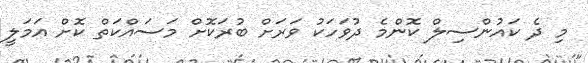
މި ދެ ކައުންސިލް ކޮންމެ ދުވަހަކު ވަރަށް ބުރަކޮށް މަސައްކަތް ކޮށް އަމަލީ